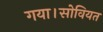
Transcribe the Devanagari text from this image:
गया।सोवियत